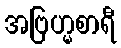
အဗြဟ္မစာရီ